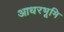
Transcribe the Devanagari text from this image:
आधरभूमि